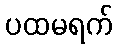
ပထမရက်